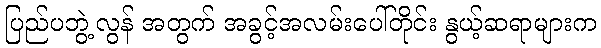
ပြည်ပဘွဲ့လွန် အတွက် အခွင့်အလမ်းပေါ်တိုင်း နွယ့်ဆရာများက